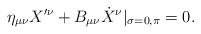
\begin{align*} \eta _{\mu \nu }X'^\nu + B_{\mu \nu } \dot{X}^\nu |_{\sigma =0,\pi }=0.\end{align*}